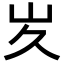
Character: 𭖃